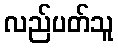
လည်ပတ်သူ